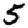
Digit: 5